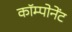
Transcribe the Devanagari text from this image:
कॉम्पोनेंट